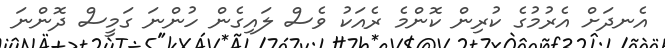
އެނދަށް އެރުމުގެ ކުރިން ކޮންމެ ރެއަކު ވެސް ލައިގެން ހުންނަ ގަމީސް ދޮންނަ